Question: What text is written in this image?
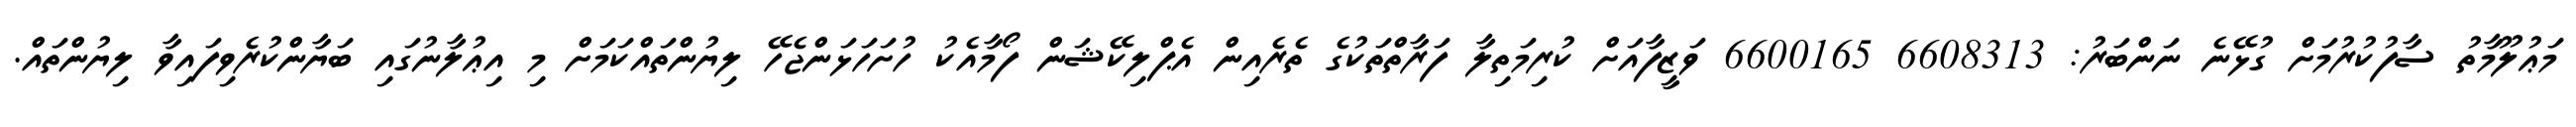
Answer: މަޢުލޫމާތު ސާފުކުރުމަށް ގުޅޭނެ ނަންބަރު: 6608313 6600165 ވަޒީފާއަށް ކުރިމަތިލާ ފަރާތްތަކުގެ ތެރެއިން އެޕްލިކޭޝަން ފޯމާއެކު ހުށަހަޅަންޖެހޭ ލިޔުންތައްކަމަށް މި އިޢުލާނުގައި ބަޔާންކުރެވިފައިވާ ލިޔުންތައް.